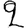
Digit: 2